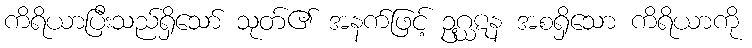
ကိရိယာပြီးသည်ရှိသော် သုတ်၏ အနက်ဖြင့် ဥဂ္ဃဋန အစရှိသော ကိရိယာကို